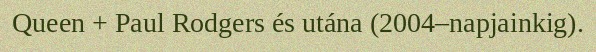
Queen + Paul Rodgers és utána (2004–napjainkig).